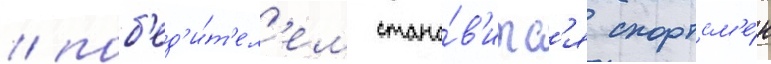
/ поб'ед'и́т'ел'ем стано́в'итс'я спортсм'е́н